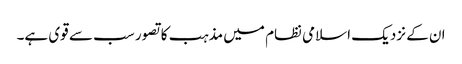
ان کے نزدیک اسلامی نظام میں مذہب کا تصور سب سے قوی ہے۔